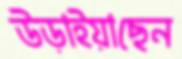
উড়াইয়াছেন